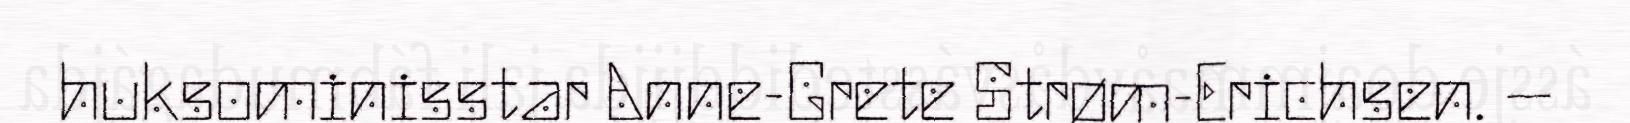
huksominisstar Anne-Grete Strøm-Erichsen. –